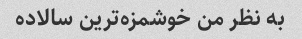
به نظر من خوشمزه‌ترین سالاده